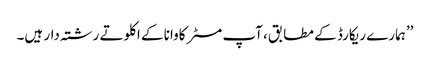
’’ہمارے ریکارڈ کے مطابق، آپ مسٹر کاوانا کے اکلوتے رشتہ دار ہیں۔